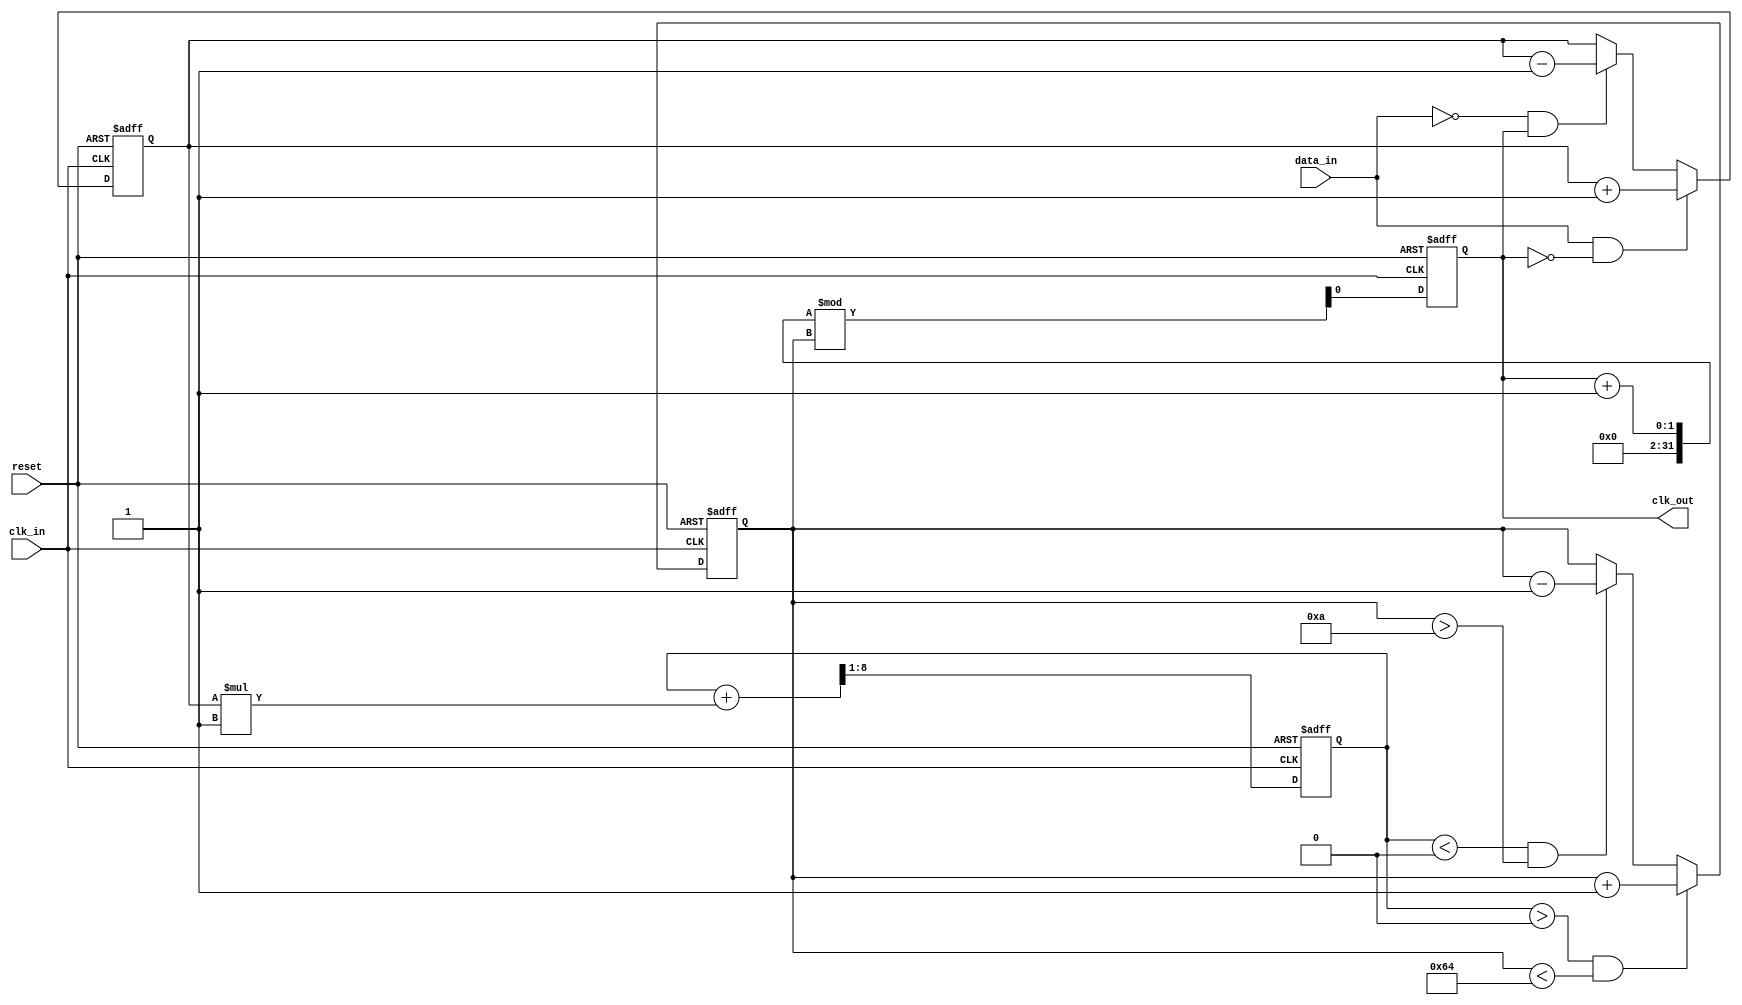
module clock_recovery_pll (
    input wire clk_in,          // Incoming data clock
    input wire data_in,         // Incoming data signal
    input wire reset,           // Reset signal
    output reg clk_out          // Output clock signal
);

// Parameters
parameter integer VCO_MAX_FREQ = 100; // Maximum frequency for VCO
parameter integer VCO_MIN_FREQ = 10;   // Minimum frequency for VCO
parameter integer LOOP_FILTER_GAIN = 1; // Gain for the loop filter

// Internal signals
reg [7:0] phase_error;          // Phase error signal
reg [7:0] filtered_error;       // Filtered error signal
reg [7:0] vco_freq;             // Current frequency of VCO
reg [15:0] memory_block [0:15]; // Memory block for timing info
integer i;

// Phase Detector
always @(posedge clk_in or posedge reset) begin
    if (reset) begin
        phase_error <= 0;
    end else begin
        // Simple phase detection logic
        if (data_in && !clk_out) begin
            phase_error <= phase_error + 1; // Data is leading
        end else if (!data_in && clk_out) begin
            phase_error <= phase_error - 1; // Clock is leading
        end
    end
end

// Loop Filter
always @(posedge clk_in or posedge reset) begin
    if (reset) begin
        filtered_error <= 0;
    end else begin
        // Simple low-pass filter
        filtered_error <= (filtered_error + (phase_error * LOOP_FILTER_GAIN)) >> 1;
    end
end

// Voltage-Controlled Oscillator (VCO)
always @(posedge clk_in or posedge reset) begin
    if (reset) begin
        vco_freq <= VCO_MIN_FREQ;
        clk_out <= 0;
    end else begin
        // Adjust VCO frequency based on filtered error
        if (filtered_error > 0 && vco_freq < VCO_MAX_FREQ) begin
            vco_freq <= vco_freq + 1; // Increase frequency
        end else if (filtered_error < 0 && vco_freq > VCO_MIN_FREQ) begin
            vco_freq <= vco_freq - 1; // Decrease frequency
        end
        // Generate output clock signal
        clk_out <= (clk_out + 1) % vco_freq; // Simple clock generation
    end
end

// Memory Blocks
always @(posedge clk_in or posedge reset) begin
    if (reset) begin
        for (i = 0; i < 16; i = i + 1) begin
            memory_block[i] <= 0; // Initialize memory blocks
        end
    end else begin
        // Store phase information in memory blocks
        memory_block[0] <= phase_error; // Example: store current phase error
        // Additional logic can be added to manage memory
    end
end

endmodule